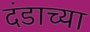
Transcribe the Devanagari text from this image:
दंडाच्या